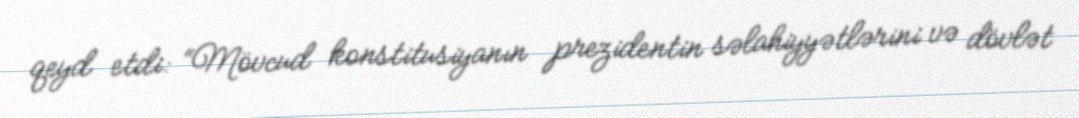
qeyd etdi: “Mövcud konstitusiyanın prezidentin səlahiyyətlərini və dövlət